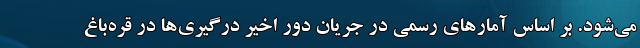
می‌شود. بر اساس آمارهای رسمی در جریان دور اخیر درگیری‌ها در قره‌باغ